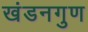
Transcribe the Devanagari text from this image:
खंडनगुण